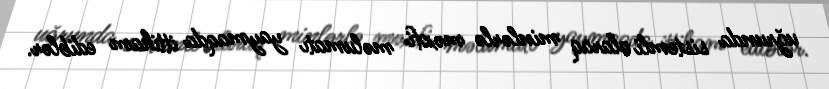
uğrunda sistemli olaraq minlərlə məxfi məlumatı yaymaqda ittiham ediblər.